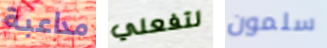
مداعبة لتفعلي سلمون